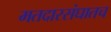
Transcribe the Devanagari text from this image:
मतदारसंघातच